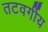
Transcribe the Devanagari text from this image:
तटवर्गीय